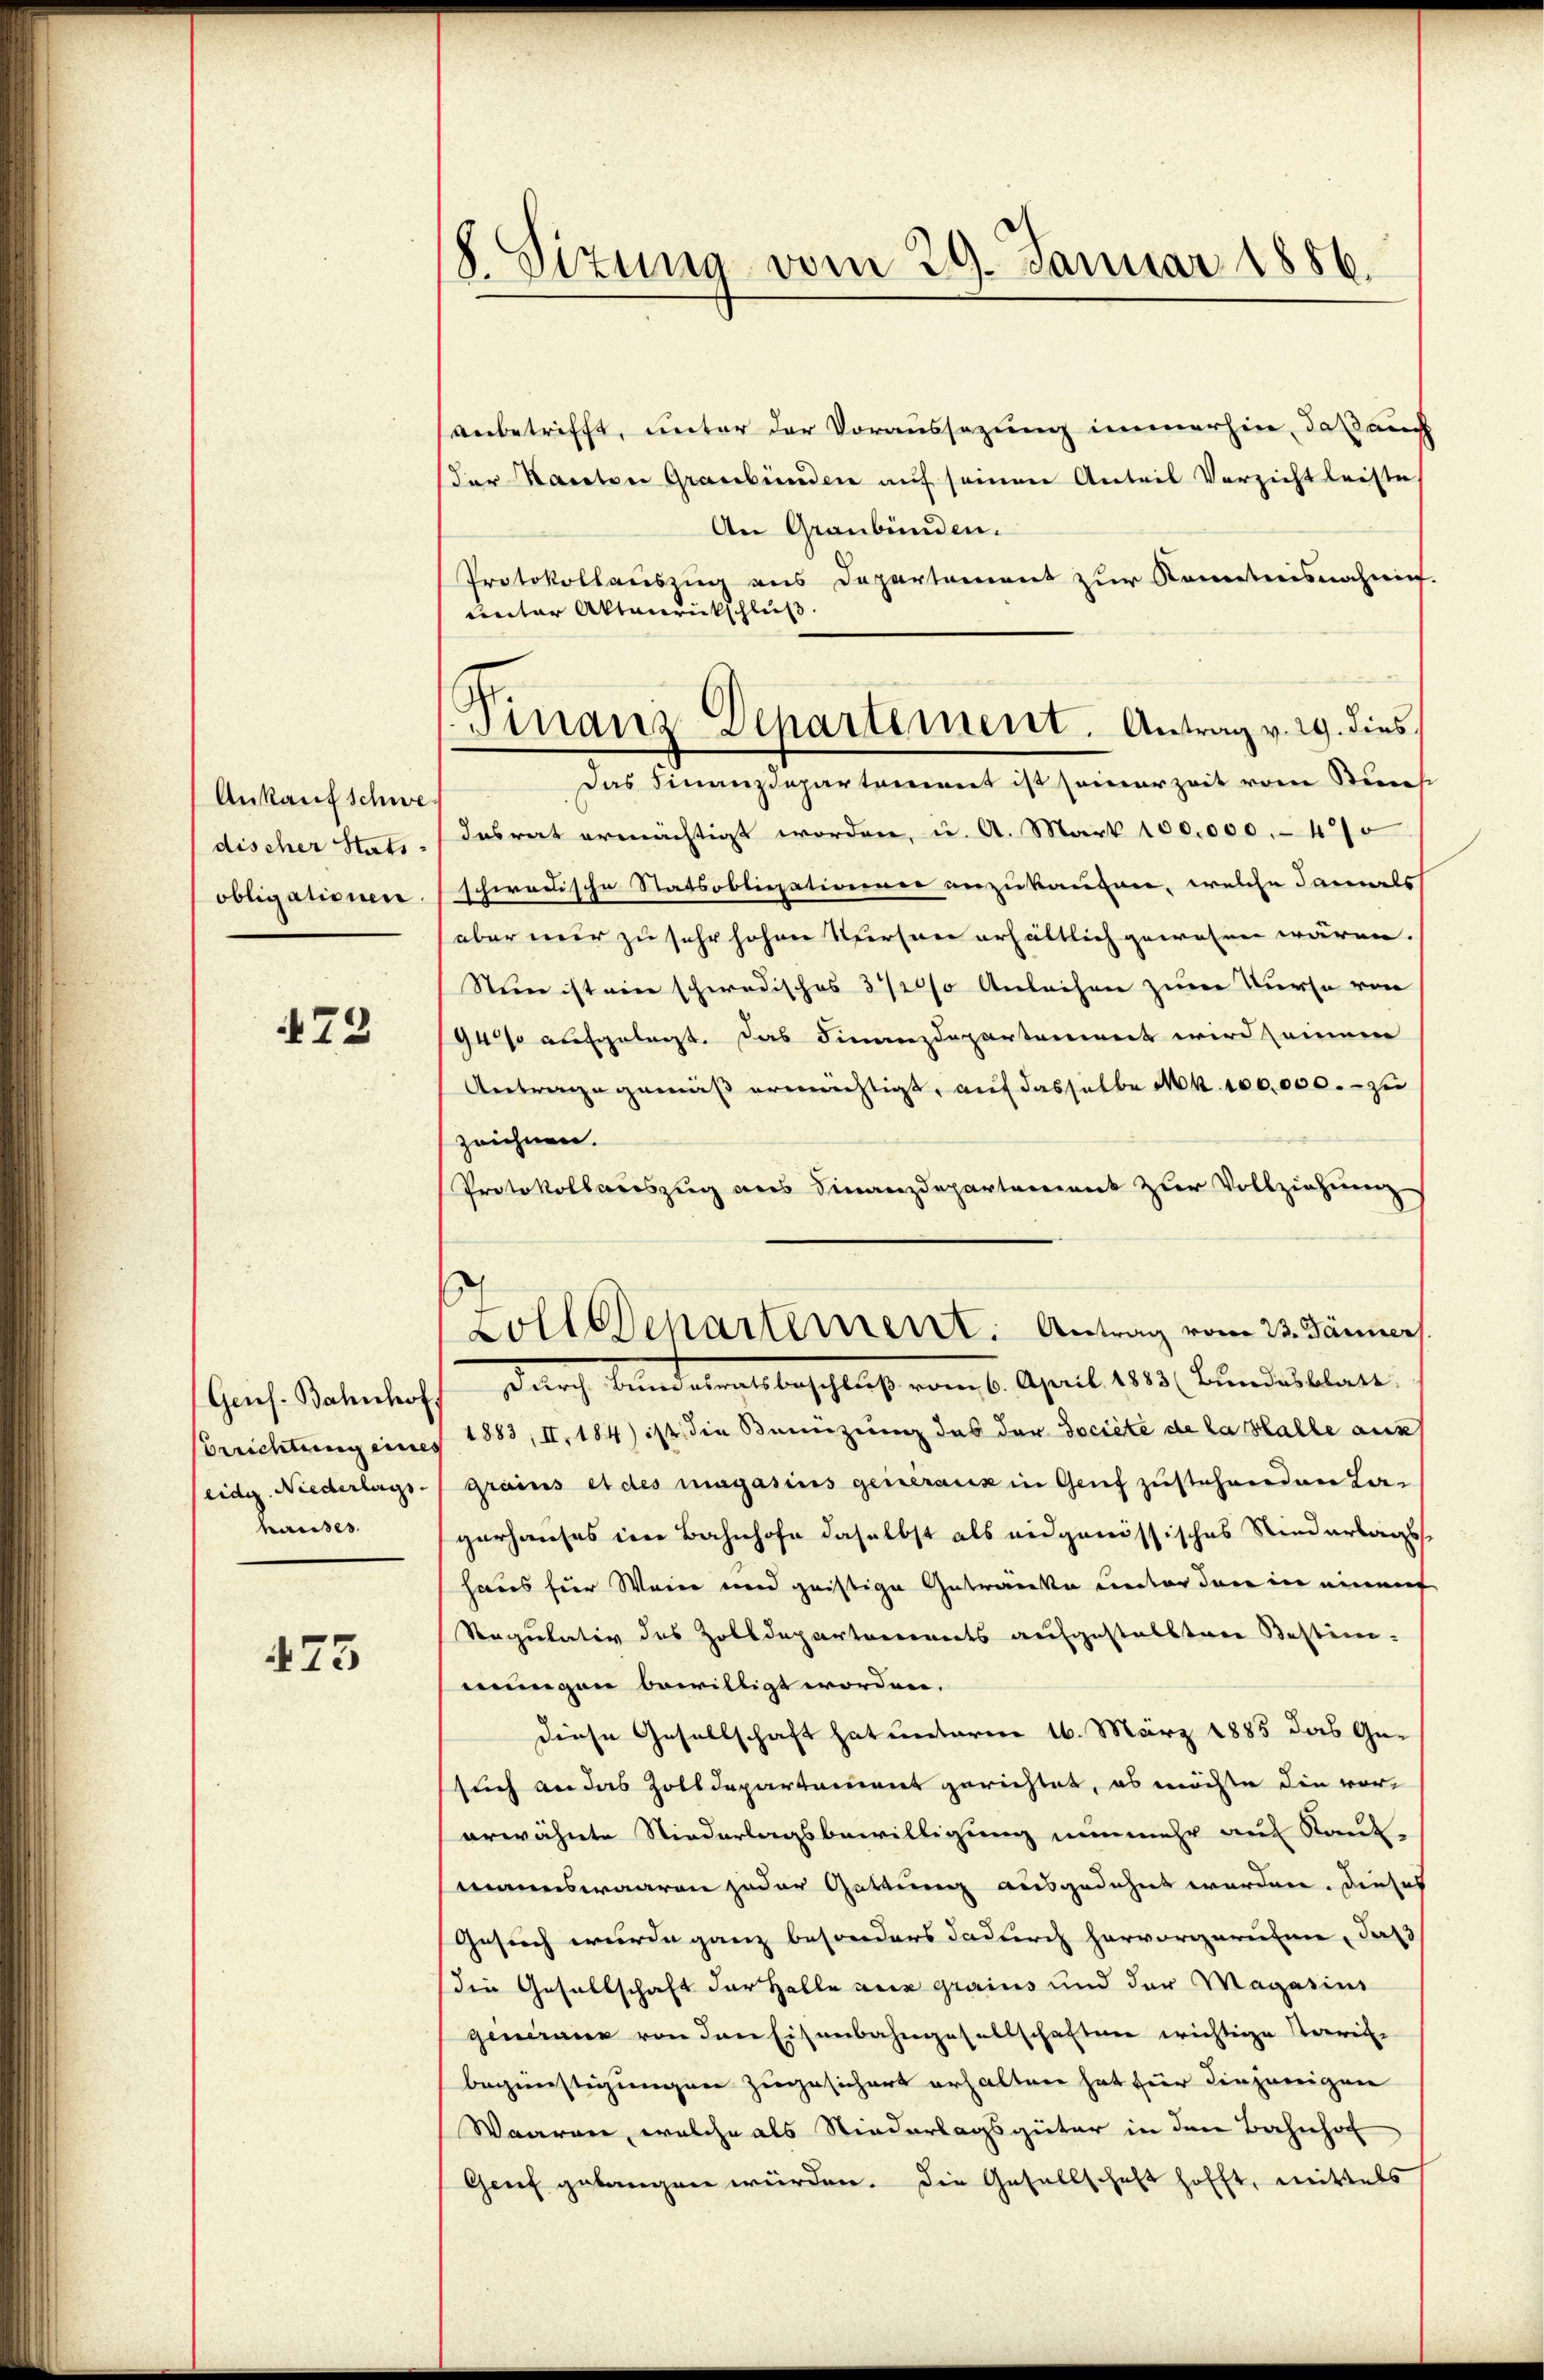
Ankauf Schwe
discher Stats
obligationen

73

Genf. Bahnhof
Berichtung eines
eidg. Niederlags.
hauses.

475

8. Sizung vom 29. Januar 1886.

Finanz-Departement. Antrag v. 29. dies

anbetrifft, unter der Voraussezung immerhin, daß auch
der Kanton Graubünden auf seinen Anteil Verzicht leiste
An Graubünden.
Protokollauszug aus Departement zur Kenntnisnahme.
unter Aktenrückschluß
Das Finanzdepartement ist samerzeit von Stich
dasrat ermächtigt worden, u. A. Mart 100,000. 470
schwedische Statsobliesationner anzukaufen, welche damals
aber nur zu sehr hohen Verson erhältlich gewesen wären.
Nun ist ein schwedisches 31200 Anleihen zum Kurse von
94 aufgelegt. Das Finanzdepartement wird seinem
Antrage gemäß ermächtigt, auf dasselbe Mk. 100,000. - zu
zeichnen.
Protokollauszug aus Finanzdepartariant zur Vollziehung
sarch, Bandammatbeschluß vom 6. April 189. Bundesblat
1883, II. 184) ist die Benützung des der Société de la lalle aus
grains et des magasius generanz in Genf zustehenden La-
gerhauses im Bahnhofe daselbst als eidgenössisches Riederlagshaus für Weier und geistige Getränke unter den in einmer
Regulativ des Zolldepartarereits aufgestallten Bestimmungen bewilligt worden.
diese Gesellschaft hat unterm 16. März 1885 das Gesuch an das Zolldepartament gerichtet, es möchte die vorerwähnte Niederlagsbewilligung nunmehr auf Raut-
mannswaaren jeder Gattung ausgedehnt worden. Dieses
Gesuch wurde ganz besonders dadurch hervorgerufen, daß
die Gesellschaft der Halle aus grains und der Magasius
genanne von den Eisenbahngesellschaften wichtige Karike
begünstigungen zugesichert erhalten hat für diejenigen
Waaren, welche als Niederlagsgüter in den Bahnhof
Genf gelangen würden. Die Gesellschaft hofft, mittels

Zolldepartement: Antrag vom 23. Jänner